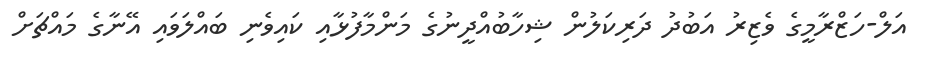
އަލް-ހަޒްރާމީގެ ވެޒިރު އަބުދު ދަރިކަލުން ޝިހާބުއްދީނުގެ މަންމާފުޅާއި ކައިވެނި ބައްލަވައި އޭނާގެ މައްޗަށް